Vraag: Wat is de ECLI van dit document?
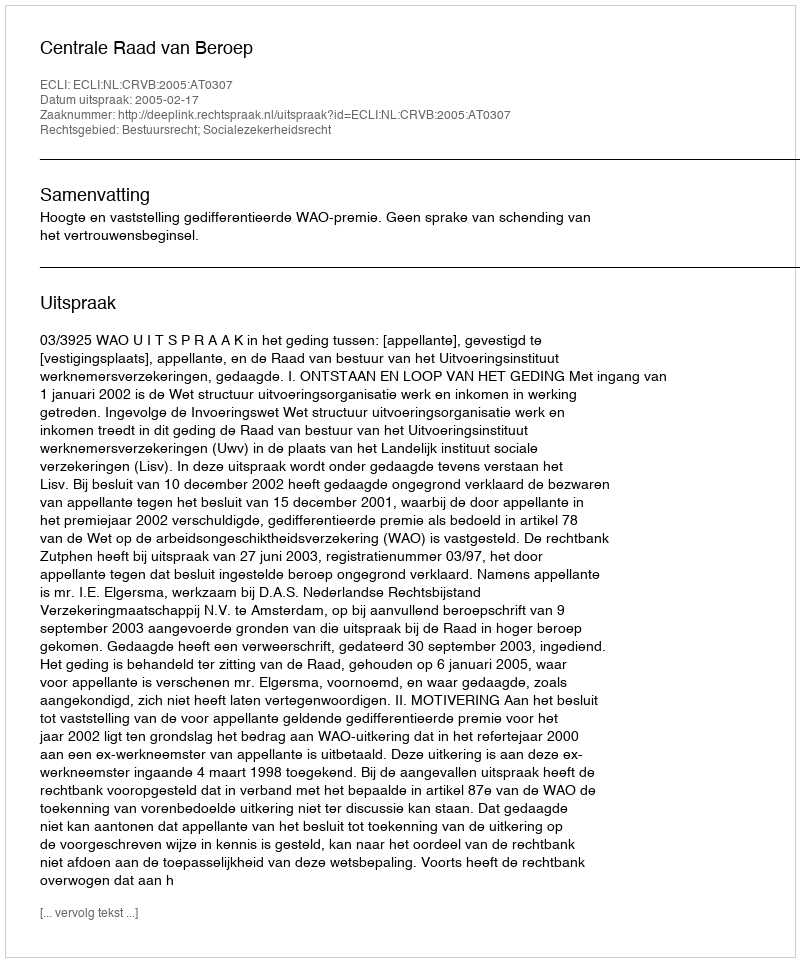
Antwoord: ECLI:NL:CRVB:2005:AT0307